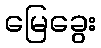
မြေခွေး